Jarvakandi_vallavalitsus, lk 11
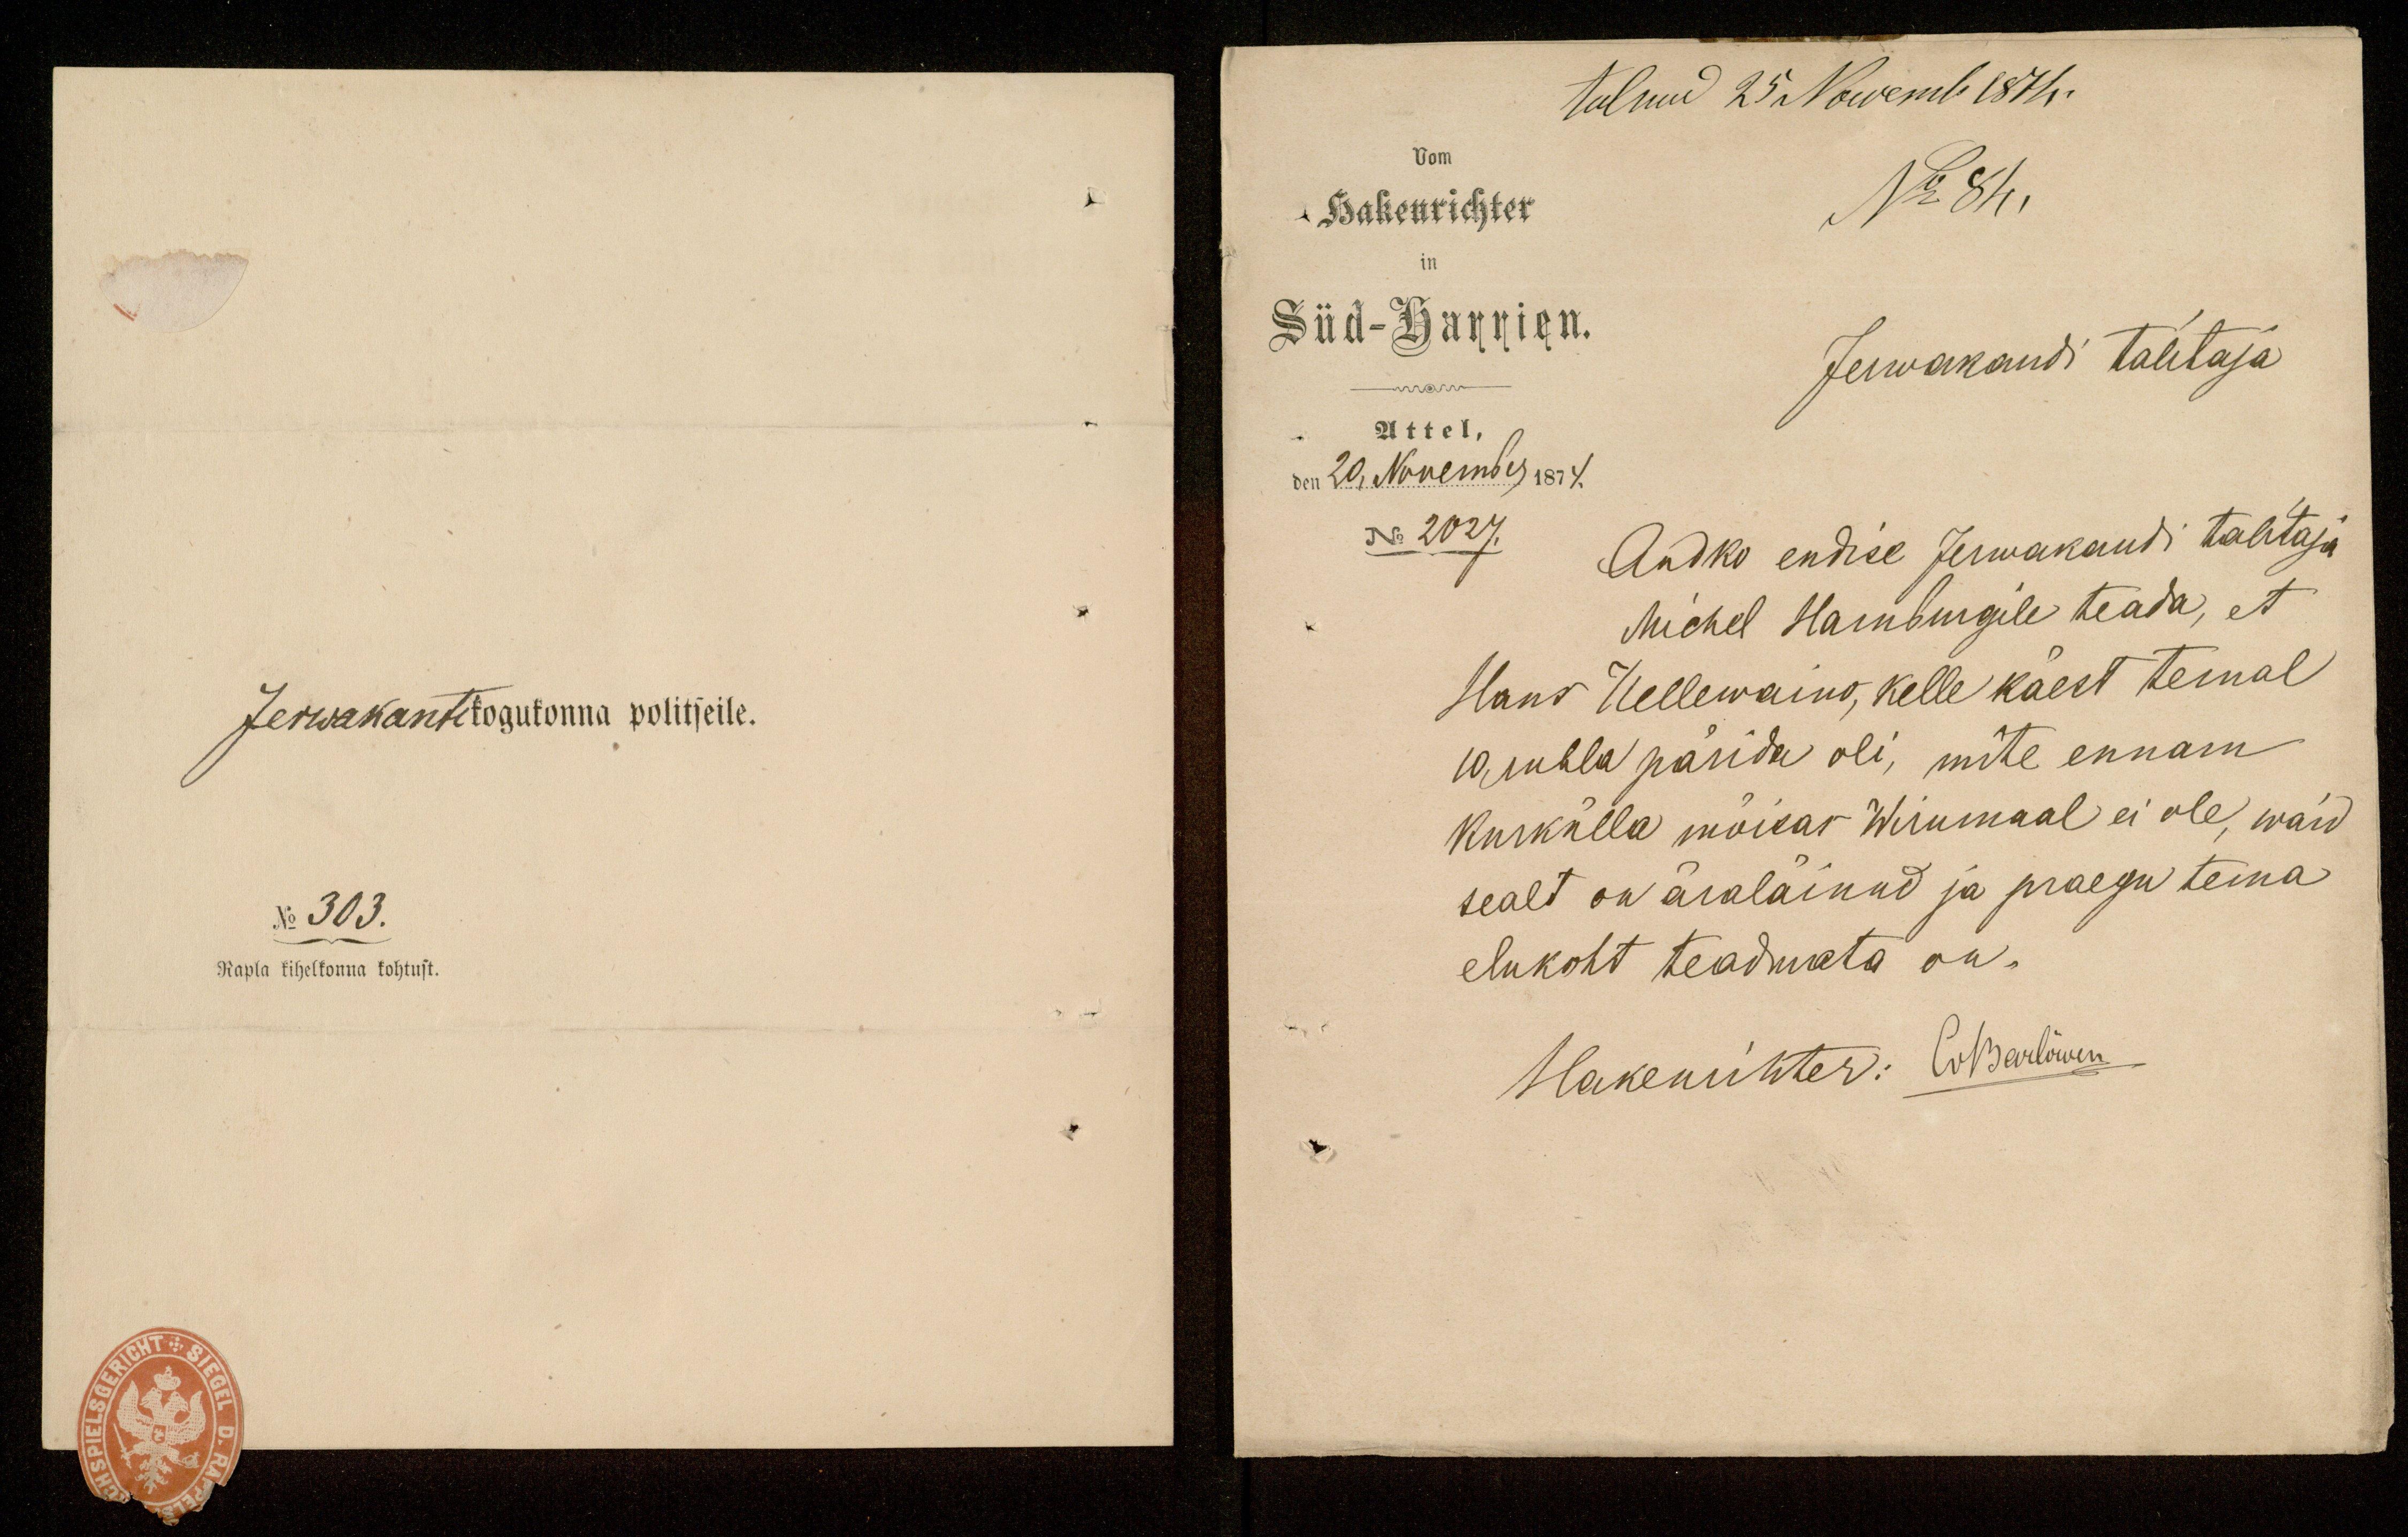
Jerwakanti kogukonna politseile.
No 303.
Rapla kihelkonna kohtust.

tulnud 25 Nowemb 1874.
vom
Hakenrichter
No 84.
in
Süd-Harrien.
Jerwakandi talitaja
Attel,
den 20. November 1874.
No 2027.
Andko endise Jerwakandi talitaja
Michel Hamburgile teada, et
Hans Hellewaino, kelle käest temal
10 rubla pärida oli, mite ennam
Kurkülla mõisas Wirumaal ei ole, waid
sealt on äraläinud ja praegu tema
elukoht teadmata on.
Hakenichter: (NBarlõwen